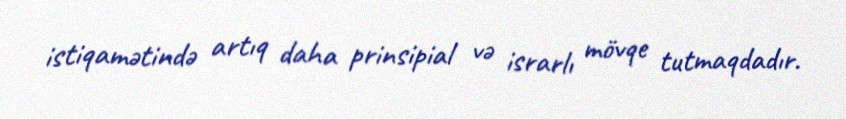
istiqamətində artıq daha prinsipial və israrlı mövqe tutmaqdadır.